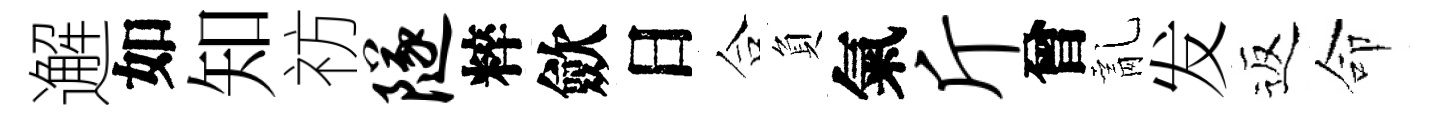
邂如知祊隧粹歛日合負氣斤曾亂发返命